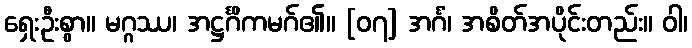
ရှေးဦးစွာ။ မဂ္ဂဿ၊ အဋ္ဌင်္ဂိကမဂ်၏။ [၀၇] အင်္ဂံ၊ အစိတ်အပိုင်းတည်း။ ဝါ၊